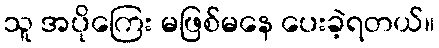
သူ အပိုကြေး မဖြစ်မနေ ပေးခဲ့ရတယ်။